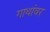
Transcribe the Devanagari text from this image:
गाथांवर